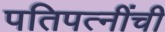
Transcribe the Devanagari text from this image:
पतिपत्‍नींची